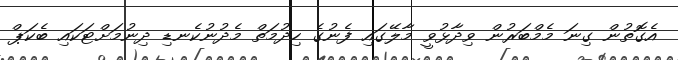
އެގޮތުން ގިނަ މެމްބަރުން ވިދާޅުވީ މާލޭގައި ފެނުގެ ހިދުމަތް މެދުނުކެނޑި ދިނުމަށްޓަކައި ބެކަޕް